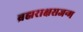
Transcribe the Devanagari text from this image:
ब्रह्मराक्षसजन्म